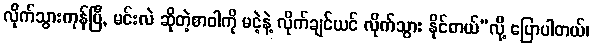
လိုက်သွားကုန်ပြီ, မင်းလဲ ဆိုတဲ့စာဝါကို မငဲ့နဲ့ လိုက်ချင်ယင် လိုက်သွား နိုင်တယ်”လို့ ပြောပါတယ်၊